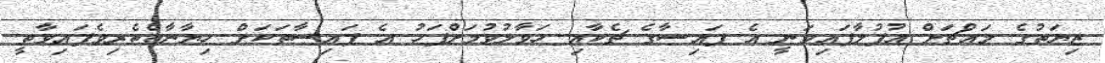
ޒިޔަތުގެ މައްޗަށް އުފުލާފައިވަނީ އެ ފައިސާގެ ޗެކާއި ހަވާލުވުމަށްފަހު އެ ފައިސާތަކަށް ހިޔާނާތްތެރިވެފައިވާތީ